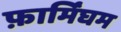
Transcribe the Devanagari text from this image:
फ़ार्मिंघम